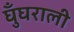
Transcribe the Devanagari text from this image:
घुँघराली